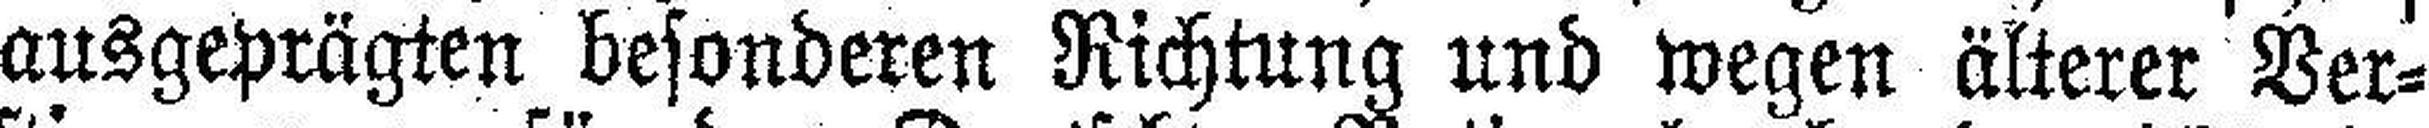
ausgeprägten besonderen Richtung und wegen älterer Ver¬